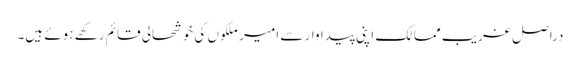
دراصل غریب ممالک اپنی پیداوار سے امیر ملکوں کی خوشحالی قائم رکھے ہوئے ہیں۔